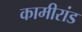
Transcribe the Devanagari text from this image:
कामीरांड